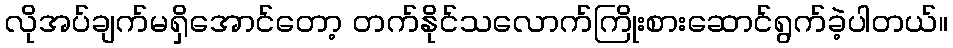
လိုအပ်ချက်မရှိအောင်တော့ တက်နိုင်သလောက်ကြိုးစားဆောင်ရွက်ခဲ့ပါတယ်။